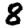
Digit: 8